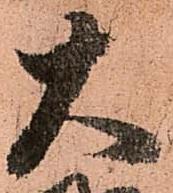
大